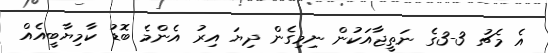
އެ މެޗު 3-3ގެ ނަތީޖާއަކުން ނިމިގެން ދިޔަ އިރު އެންމެ ބޮޑު ކާމިޔާބީއެއް